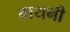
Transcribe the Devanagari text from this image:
वायनी